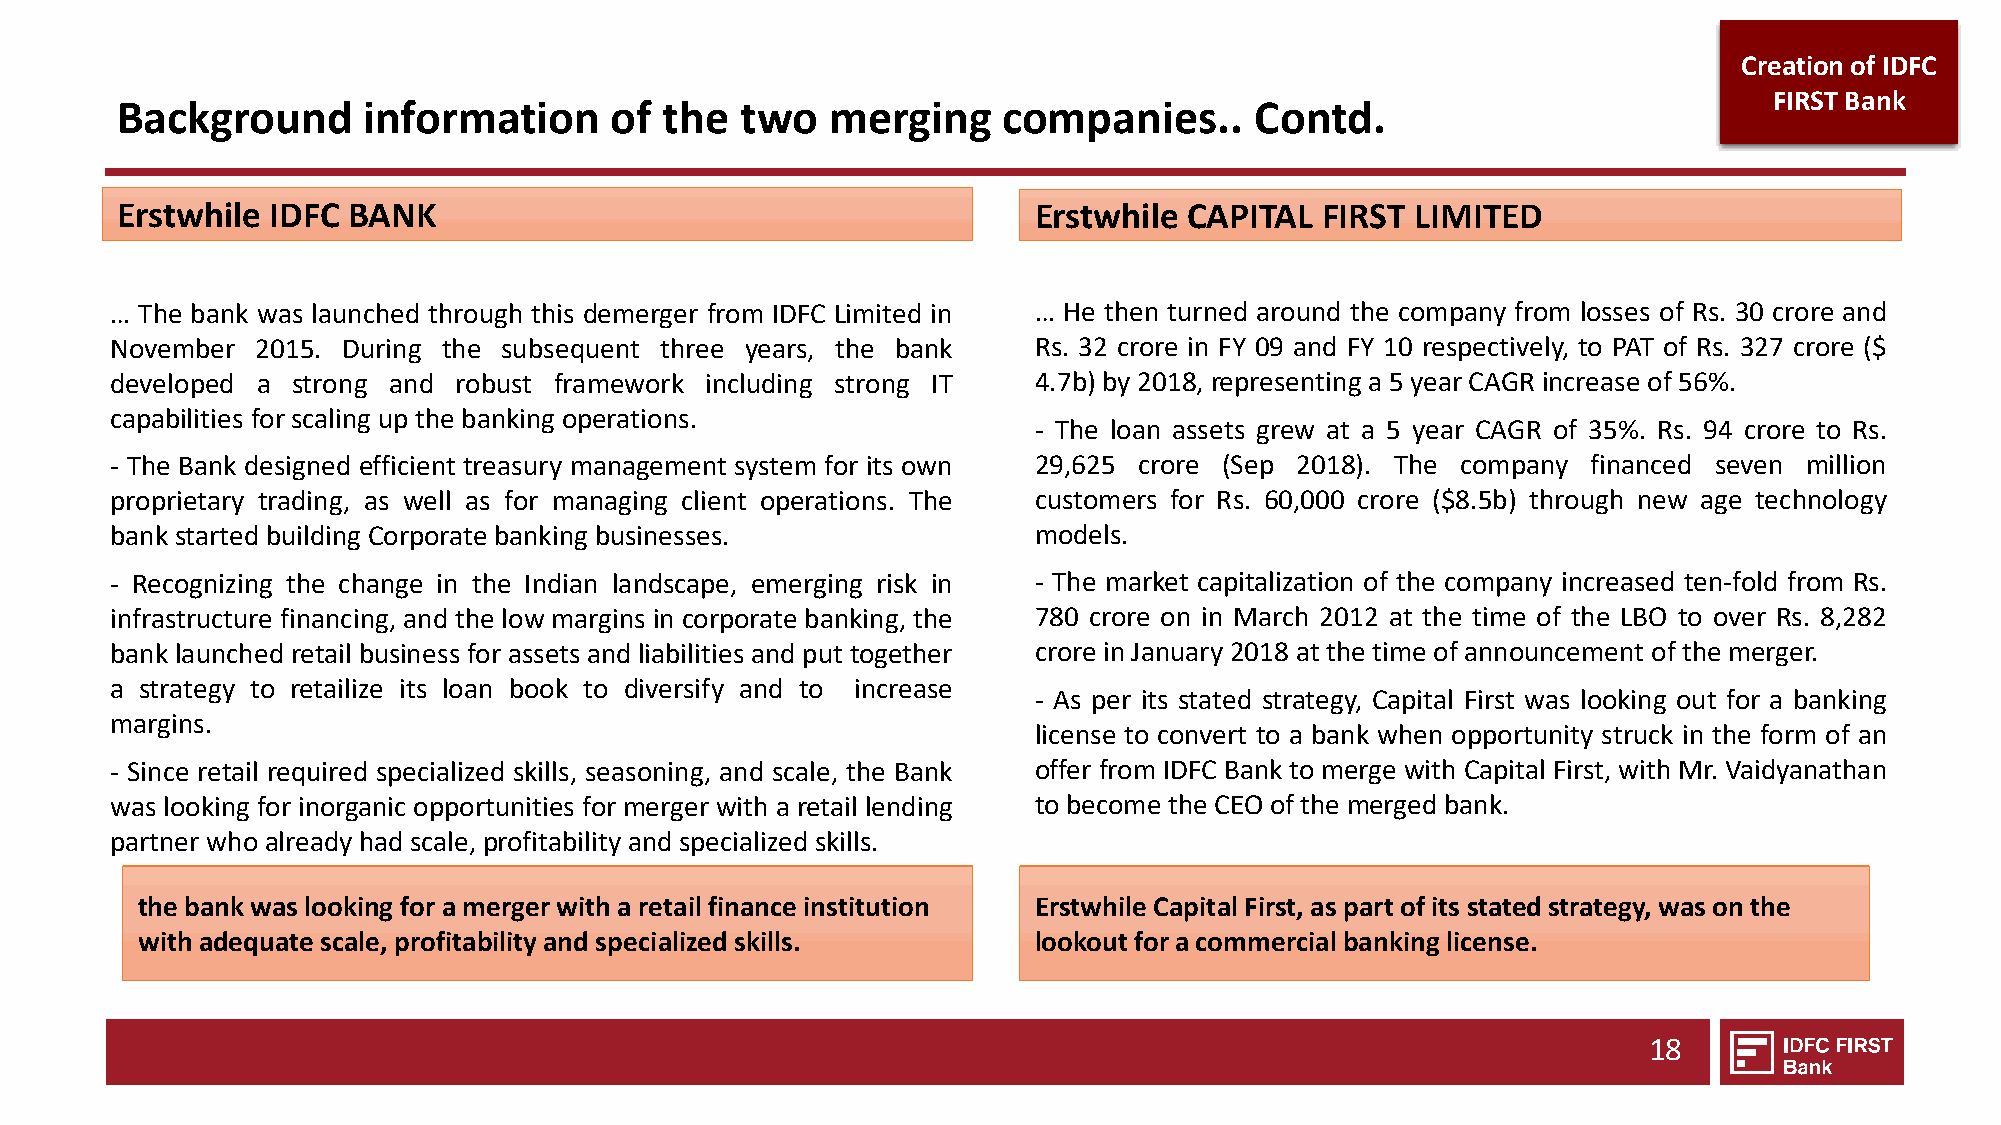
Creation of IDFC
 FIRST Bank
 Background      information     of  the  two   merging    companies..      Contd.
 Erstwhile IDFC BANK                                         Erstwhile  CAPITAL FIRST  LIMITED
 … The bank was launched through this demerger from IDFC Limited in … He then turned around the company from losses of Rs. 30 crore and
 November  2015. During the subsequent three years, the bank  Rs. 32 crore in FY 09 and FY 10 respectively, to PAT of Rs. 327 crore ($
 developed a strong and robust framework including strong IT  4.7b) by 2018, representing a 5 yearCAGR increase of 56%.
 capabilities forscaling up the banking operations.
 - The loan assets grew at a 5 year CAGR of 35%. Rs. 94 crore to Rs.
 - The Bank designed efficient treasury management system for its own 29,625 crore (Sep 2018). The company financed seven million
 proprietary trading, as well as for managing client operations. The customers for Rs. 60,000 crore ($8.5b) through new age technology
 bank started building Corporate banking businesses.          models.
 - Recognizing the change in the Indian landscape, emerging risk in - The market capitalization of the company increased ten-fold from Rs.
 infrastructure financing, and the low margins in corporate banking, the 780 crore on in March 2012 at the time of the LBO to over Rs. 8,282
 bank launched retail business for assets and liabilities and put together crore in January 2018 at the time of announcement of the merger.
 a strategy to retailize its loan book to diversify and to increase
 - As per its stated strategy, Capital First was looking out for a banking
 margins.
 license to convert to a bank when opportunity struck in the form of an
 - Since retail required specialized skills, seasoning, and scale, the Bank offer from IDFC Bank to merge with Capital First, with Mr. Vaidyanathan
 was looking for inorganic opportunities for merger with a retail lending to become the CEO of the merged bank.
 partner who already had scale, profitability and specialized skills.
 the bank was looking for a merger with a retail finance institution Erstwhile Capital First, as part of its stated strategy, was on the
 with adequate scale, profitability and specialized skills. lookout for a commercial banking license.
 18